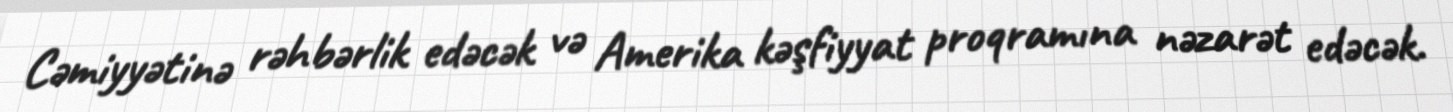
Cəmiyyətinə rəhbərlik edəcək və Amerika kəşfiyyat proqramına nəzarət edəcək.